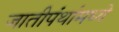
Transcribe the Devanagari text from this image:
जातीपंथांमध्ये